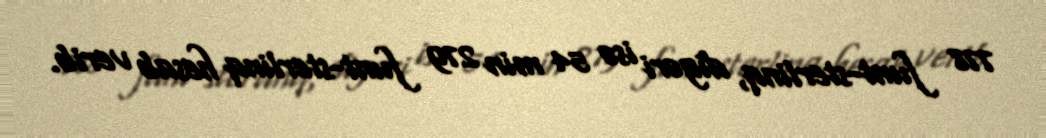
778 funt-sterlinq, digəri isə 54 min 279 funt-sterlinq hesab verib.